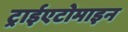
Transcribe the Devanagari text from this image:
ट्राईएटोमाइन